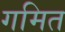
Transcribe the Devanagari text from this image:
गमित